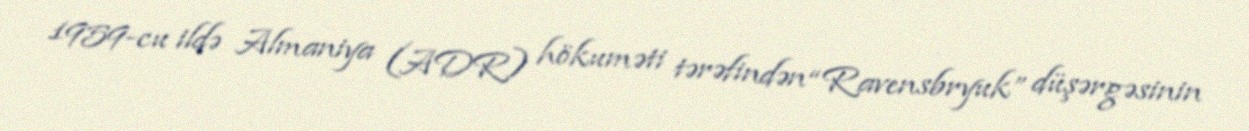
1959-cu ildə Almaniya (ADR) hökuməti tərəfindən “Ravensbryuk” düşərgəsinin